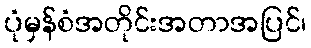
ပုံမှန်စံအတိုင်းအတာအပြင်၊